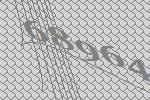
68964